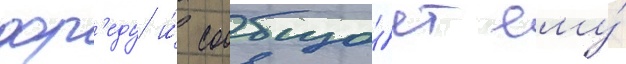
фр'еду и́ сообща́ет ему́